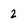
Character: 2